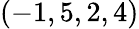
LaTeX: (-1,5,2,4)